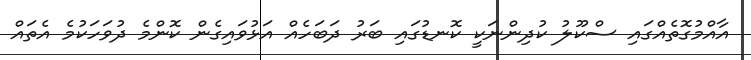
އާއްމުގޮތެއްގައި ސްކޫލު ކުދިންނަކީ ކޮނޑުގައި ބަރު ދަބަހެއް އަޅުވައިގެން ކޮންމެ ދުވަހަކުމެ އެތައް